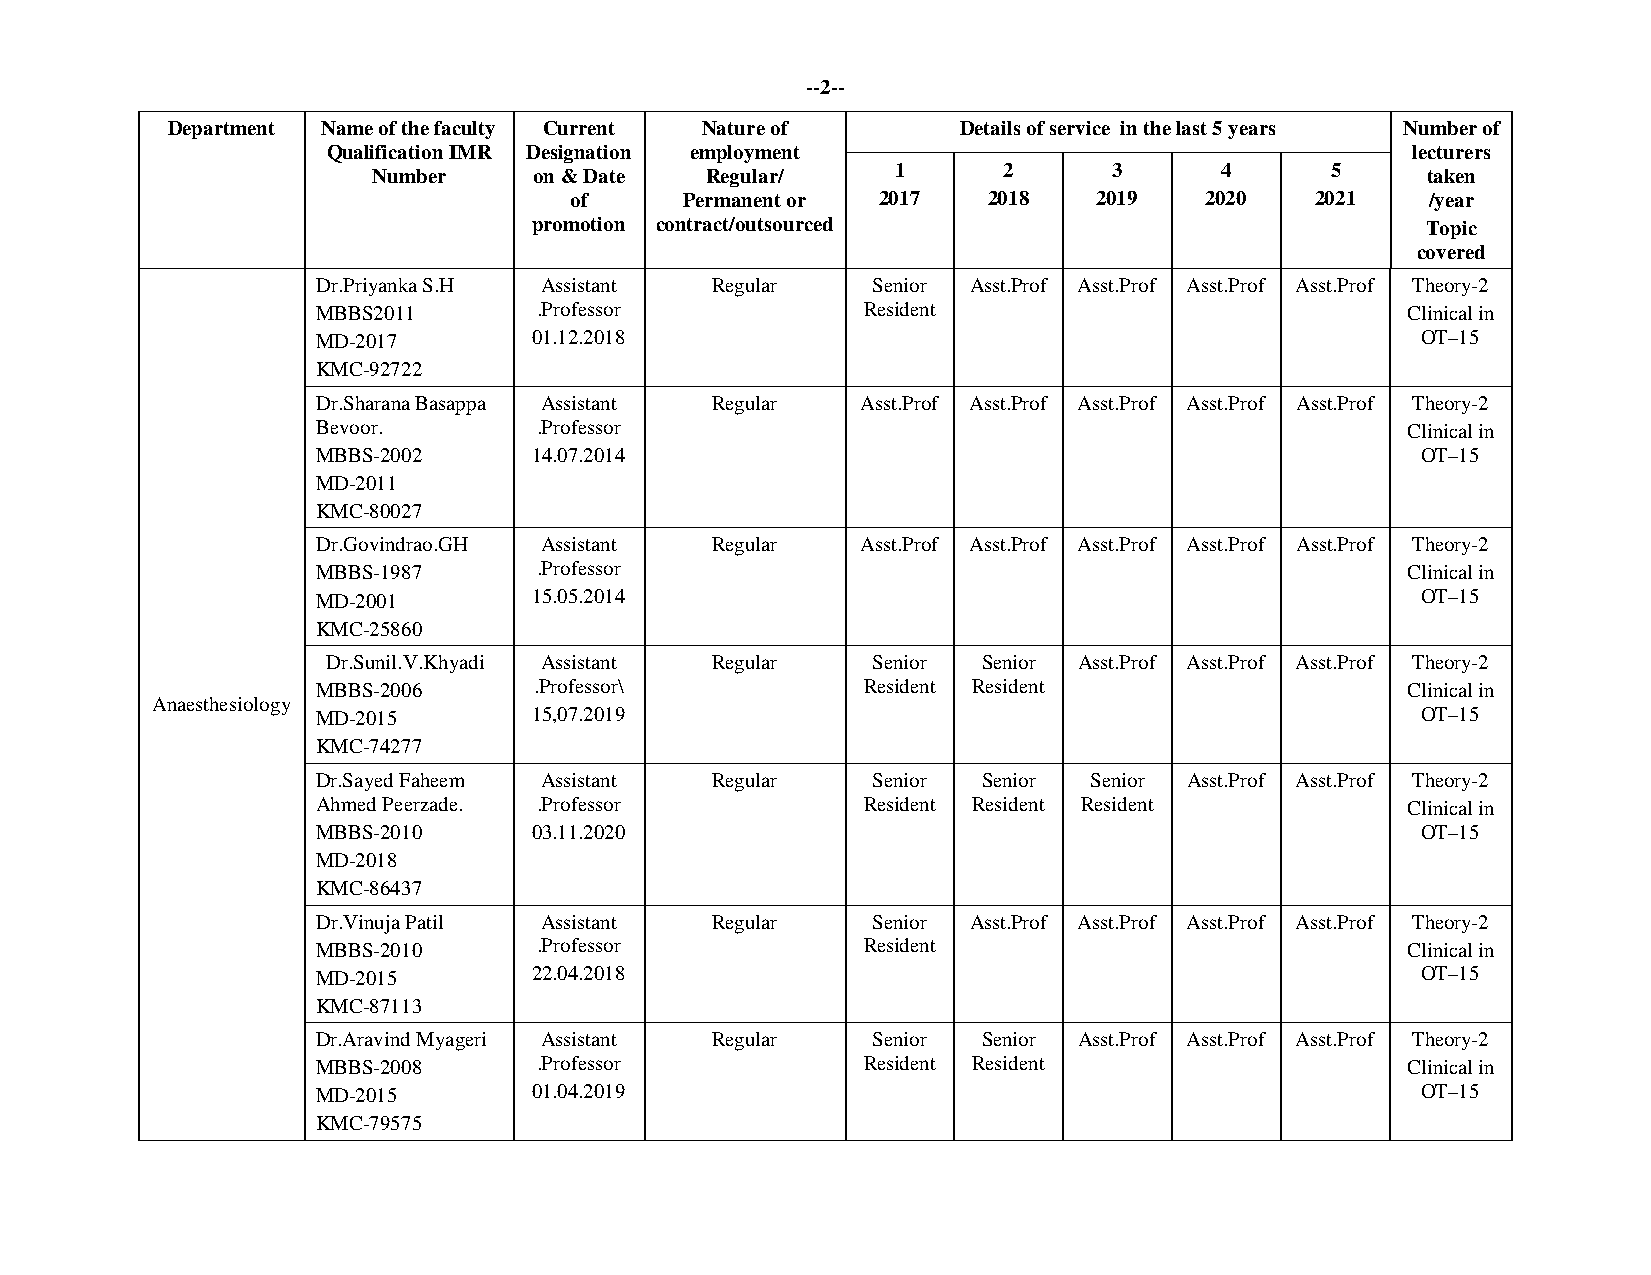
--2--
 Department Name of the faculty Current Nature of     Details of service in the last 5 years Number of
 Qualification IMR Designation employment                               lecturers
 1      2       3      4      5
 Number    on & Date   Regular/                                       taken
 of     Permanent or 2017   2018    2019   2020   2021    /year
 promotion contract/outsourced                              Topic
 covered
 Dr.Priyanka S.H Assistant Regular    Senior Asst.Prof Asst.Prof Asst.Prof Asst.Prof Theory-2
 MBBS2011       .Professor           Resident                            Clinical in
 MD-2017       01.12.2018                                                 OT–15
 KMC-92722
 Dr.Sharana Basappa Assistant Regular Asst.Prof Asst.Prof Asst.Prof Asst.Prof Asst.Prof Theory-2
 Bevoor.        .Professor                                               Clinical in
 MBBS-2002     14.07.2014                                                 OT–15
 MD-2011
 KMC-80027
 Dr.Govindrao.GH Assistant Regular   Asst.Prof Asst.Prof Asst.Prof Asst.Prof Asst.Prof Theory-2
 MBBS-1987      .Professor                                               Clinical in
 MD-2001       15.05.2014                                                 OT–15
 KMC-25860
 Dr.Sunil.V.Khyadi Assistant Regular Senior Senior Asst.Prof Asst.Prof Asst.Prof Theory-2
 MBBS-2006     .Professor\           Resident Resident                   Clinical in
 Anaesthesiology
 MD-2015       15,07.2019                                                 OT–15
 KMC-74277
 Dr.Sayed Faheem Assistant Regular    Senior Senior Senior Asst.Prof Asst.Prof Theory-2
 Ahmed Peerzade. .Professor          Resident Resident Resident          Clinical in
 MBBS-2010     03.11.2020                                                 OT–15
 MD-2018
 KMC-86437
 Dr.Vinuja Patil Assistant Regular    Senior Asst.Prof Asst.Prof Asst.Prof Asst.Prof Theory-2
 MBBS-2010      .Professor           Resident                            Clinical in
 MD-2015       22.04.2018                                                 OT–15
 KMC-87113
 Dr.Aravind Myageri Assistant Regular Senior Senior Asst.Prof Asst.Prof Asst.Prof Theory-2
 MBBS-2008      .Professor           Resident Resident                   Clinical in
 MD-2015       01.04.2019                                                 OT–15
 KMC-79575